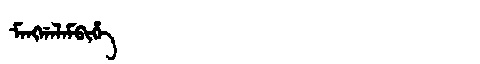
Manchu: ᠮᠠᠩᡤᠠᠯᠠᠮᠪᡳᡥᡝ
Romanization: MANGGALAMBIHE